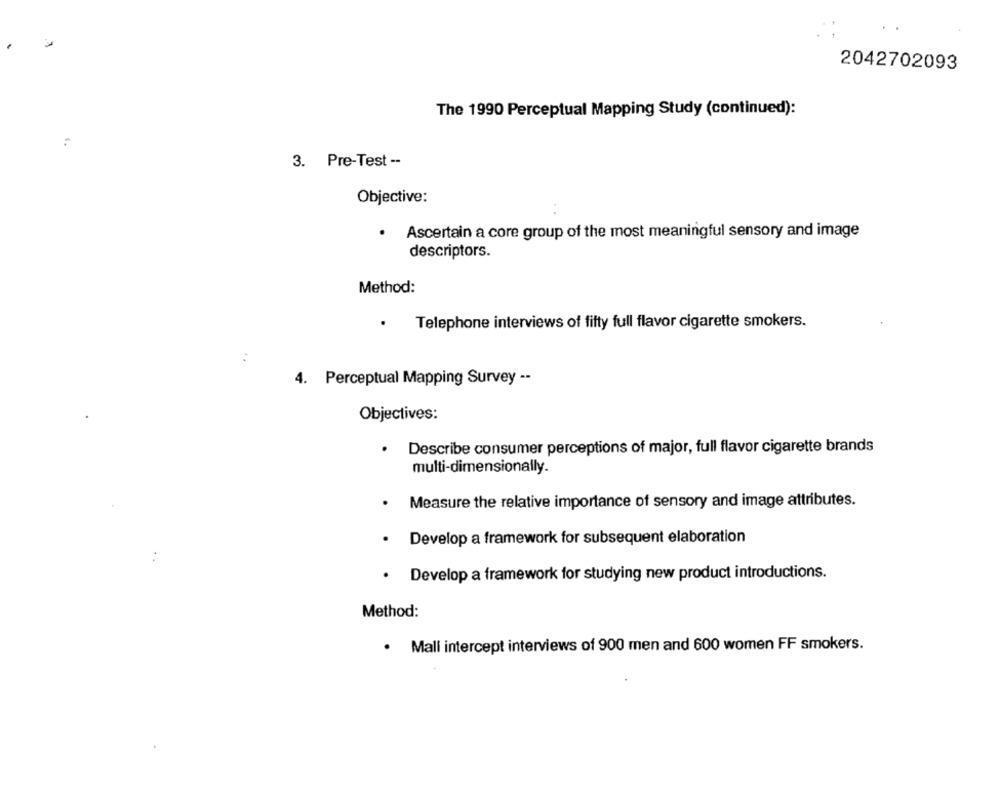
2042702093
The 1990 Perceptual Mapping Study (continued):
3. Pre-Test --
Objective:
Ascertain a core group of the most meaningful sensory and image
descriptors.
Method:
.
Telephone interviews of fifty full flavor cigarette smokers.
4.
Perceptual Mapping Survey --
Objectives:
Describe consumer perceptions of major, full flavor cigarette brands
multi-dimensionally.
Measure the relative importance of sensory and image attributes.
· Develop a framework for subsequent elaboration
· Develop a framework for studying new product introductions.
Method:
· Mall intercept interviews of 900 men and 600 women FF smokers.